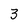
Character: 3